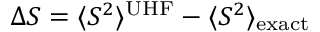
\Delta S = \langle S ^ { 2 } \rangle ^ { \mathrm { U H F } } - \langle S ^ { 2 } \rangle _ { \mathrm { e x a c t } }